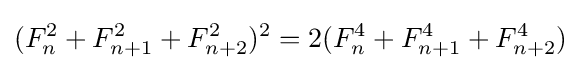
(F_{n}^{2}+F_{n+1}^{2}+F_{n+2}^{2})^{2}=2(F_{n}^{4}+F_{n+1}^{4}+F_{n+2}^{4})